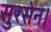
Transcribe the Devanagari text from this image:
सुरसेन।